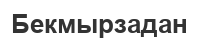
Бекмырзадан